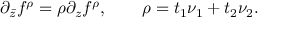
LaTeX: \partial _ { \bar { z } } f ^ { \rho } = \rho \partial _ { z } f ^ { \rho } , \qquad \rho = t _ { 1 } \nu _ { 1 } + t _ { 2 } \nu _ { 2 } .